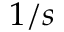
1 / s